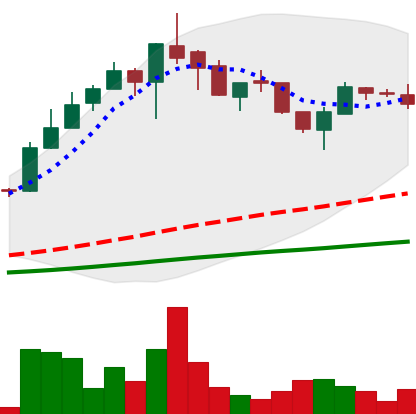
Ticker: LTC-USD
Chart end date: 2017-05-21
Forward return: -9.696%
Label: down_7plus